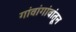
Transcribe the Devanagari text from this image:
गांवांगांवांतून